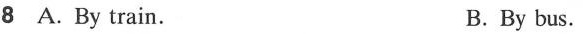
8 A.By train. B.By bus.